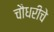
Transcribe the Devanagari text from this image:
चौधरीचे